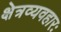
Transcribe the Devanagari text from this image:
क्षेत्रव्यवहारः